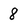
Character: 8